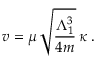
v = \mu \, \sqrt { \frac { \Lambda _ { 1 } ^ { 3 } } { 4 m } } \, \kappa \; .